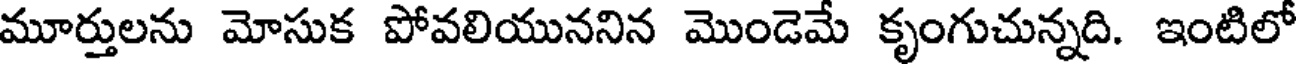
మూర్తులను మోసుక పోవలియుననిన మొండెమే కృంగుచున్నది. ఇంటిలో